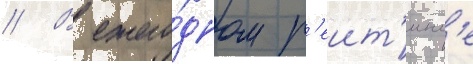
// В ежего́дном р'еит'инг'е